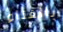
بالغناء